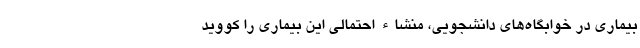
بیماری در خوابگاه‌های دانشجویی، منشاء احتمالی این بیماری را کووید